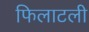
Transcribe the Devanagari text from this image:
फिलाटली